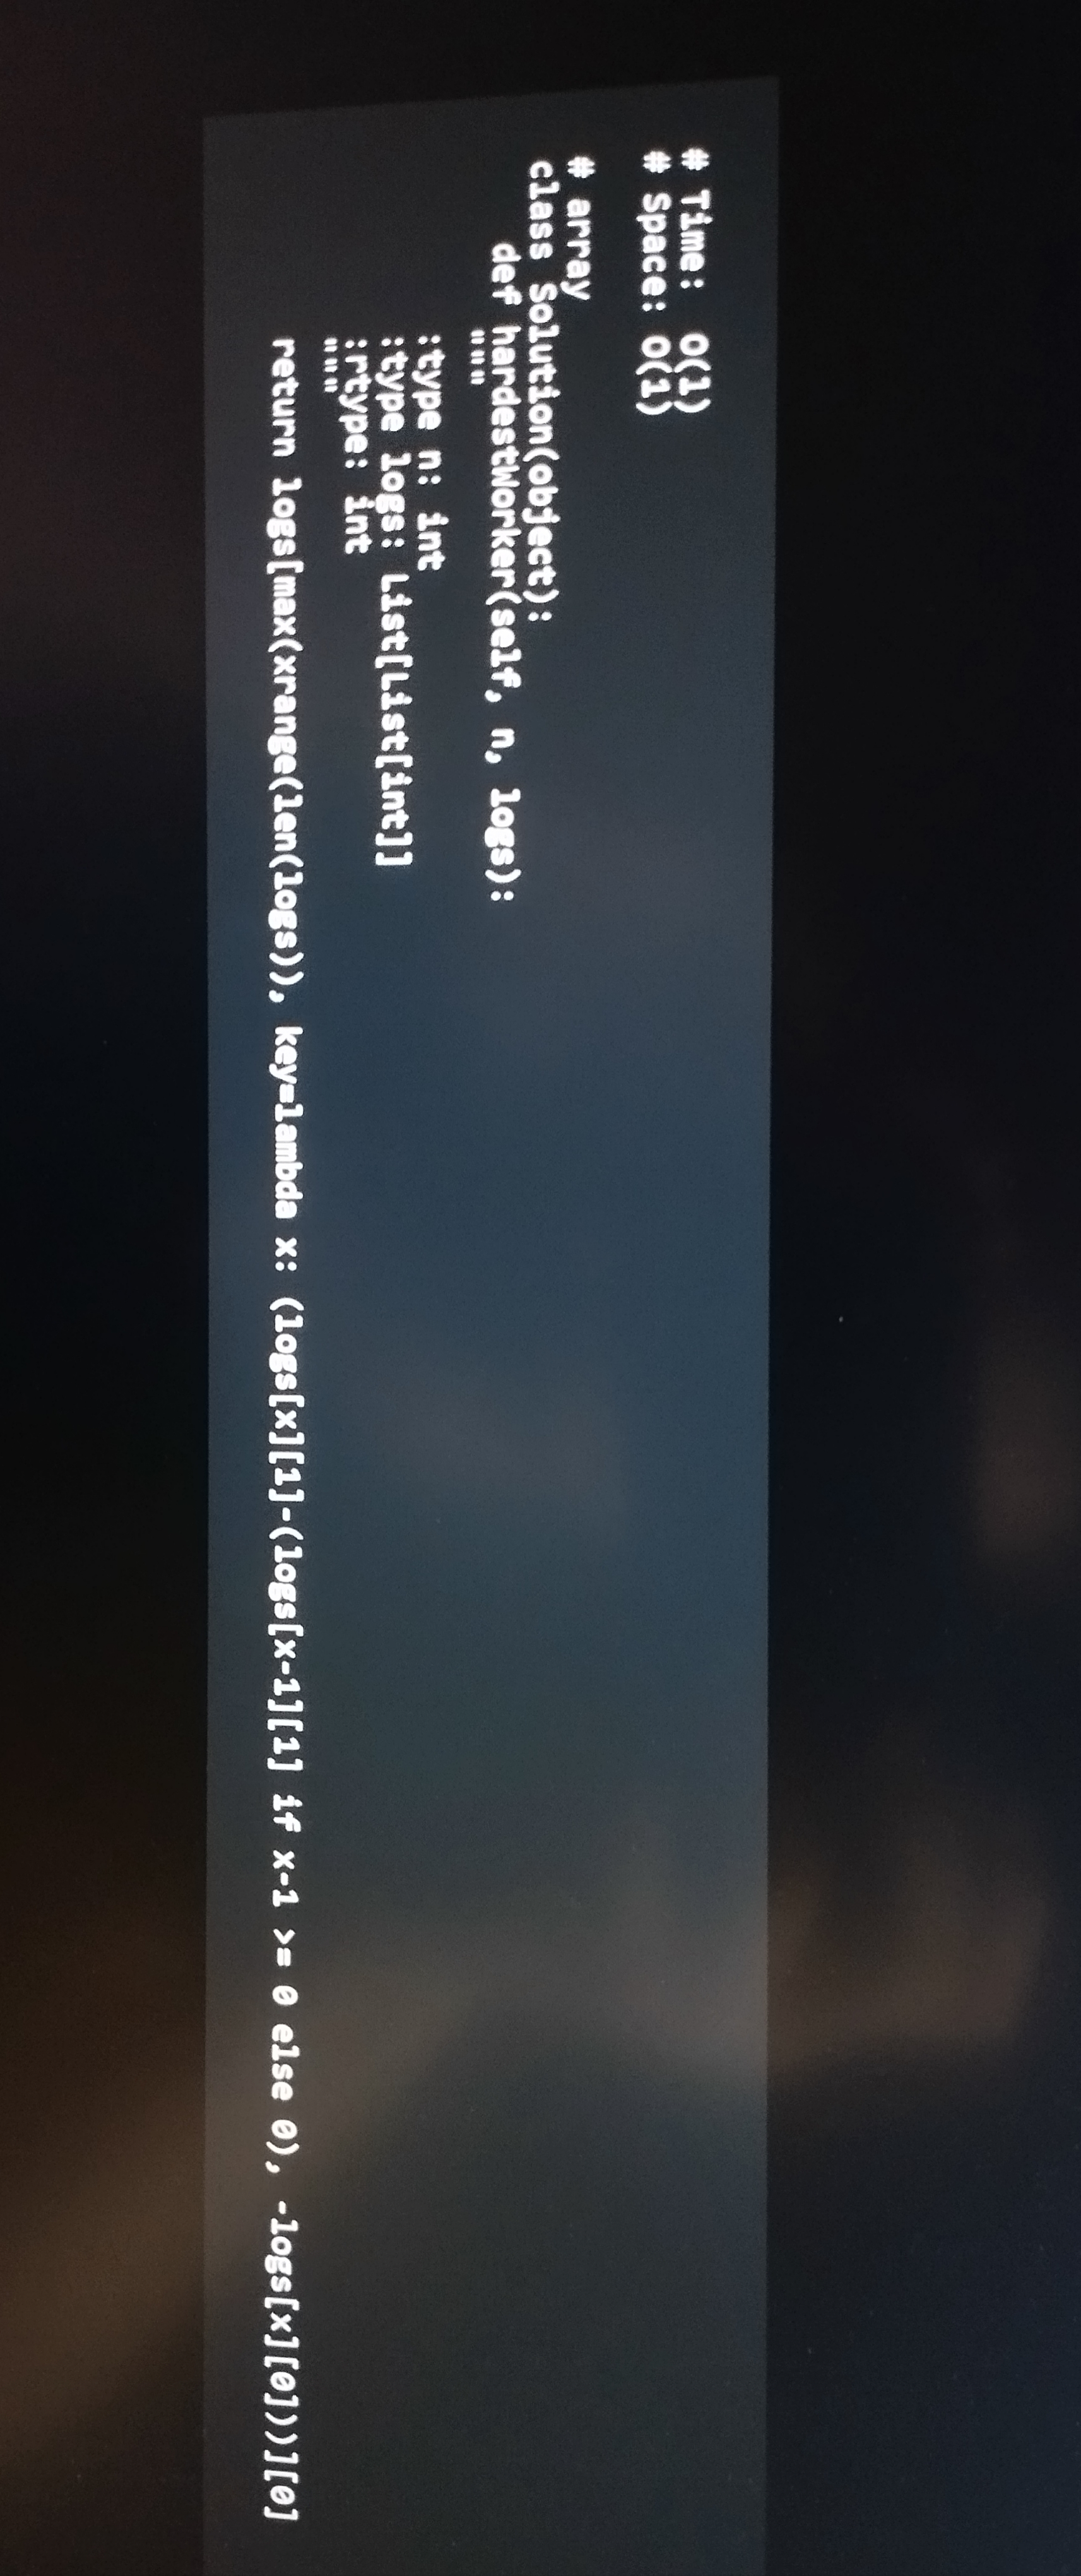
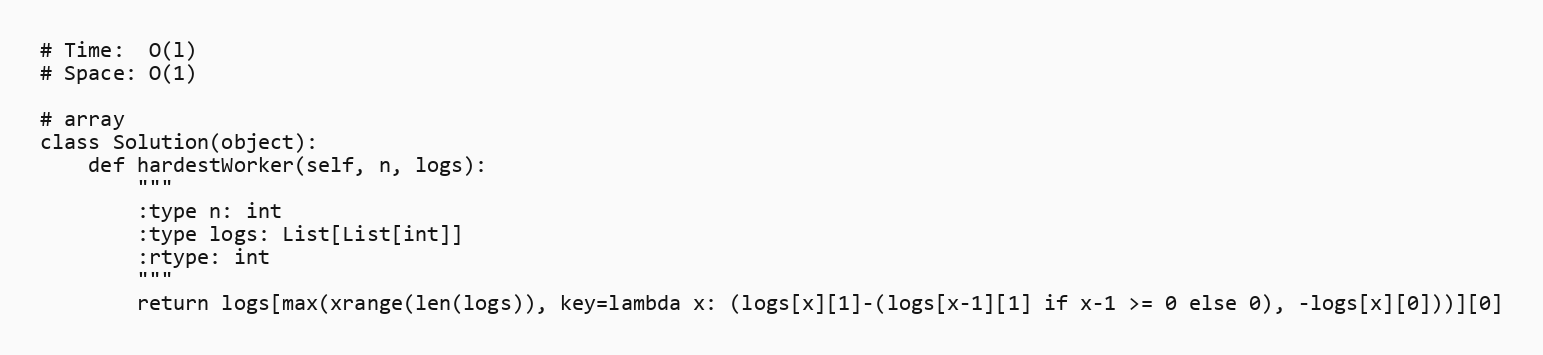
# Time:  O(l)
# Space: O(1)

# array
class Solution(object):
    def hardestWorker(self, n, logs):
        """
        :type n: int
        :type logs: List[List[int]]
        :rtype: int
        """
        return logs[max(xrange(len(logs)), key=lambda x: (logs[x][1]-(logs[x-1][1] if x-1 >= 0 else 0), -logs[x][0]))][0]